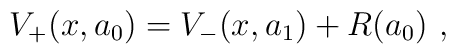
V_+(x,a_0) = V_-(x,a_1) + R(a_0)~,